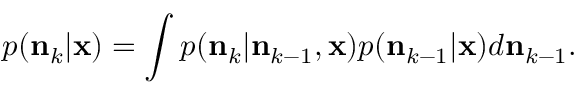
p ( \mathbf { n } _ { k } \vert \mathbf { x } ) = \int p ( \mathbf { n } _ { k } \vert \mathbf { n } _ { k - 1 } , \mathbf { x } ) p ( \mathbf { n } _ { k - 1 } \vert \mathbf { x } ) d \mathbf { n } _ { k - 1 } .